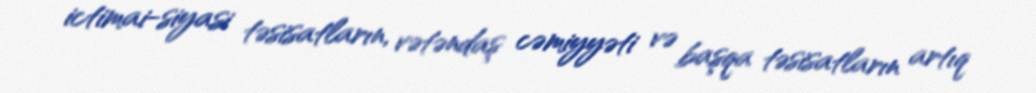
ictimai-siyasi təsisatların, vətəndaş cəmiyyəti və başqa təsisatların artıq